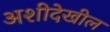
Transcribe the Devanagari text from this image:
अशीदेखील